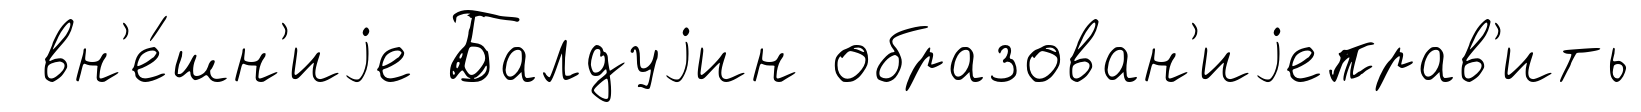
вн'е́шн'иjе Балдуjин образован'иjеправ'ить